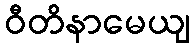
ဝီတိနာမေယျ